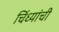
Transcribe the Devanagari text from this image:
चिंध्यांची